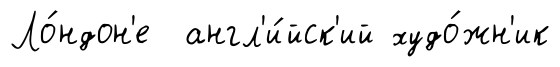
Ло́ндон'е англ'и́йск'ий худо́жн'ик